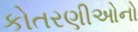
કોતરણીઓનો